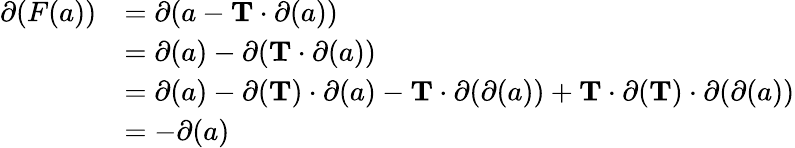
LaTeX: \begin{array}{rl}{\partial(F(a))}&{=\partial(a-\mathbf T\cdot\partial(a))}\\ &{=\partial(a)-\partial(\mathbf T\cdot\partial(a))}\\ &{=\partial(a)-\partial(\mathbf T)\cdot\partial(a)-\mathbf T\cdot\partial(\partial(a))+\mathbf T\cdot\partial(\mathbf T)\cdot\partial(\partial(a))}\\ &{=-\partial(a)}\end{array}